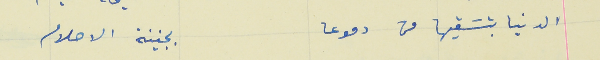
الدنيا بتسَقيها من دموعا                                بجنينة الاحلام